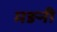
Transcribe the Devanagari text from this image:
मङनी